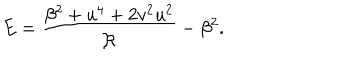
E = \frac { \beta ^ { 2 } + u ^ { 4 } + 2 v ^ { 2 } u ^ { 2 } } { \mathcal { R } } - \beta ^ { 2 } .